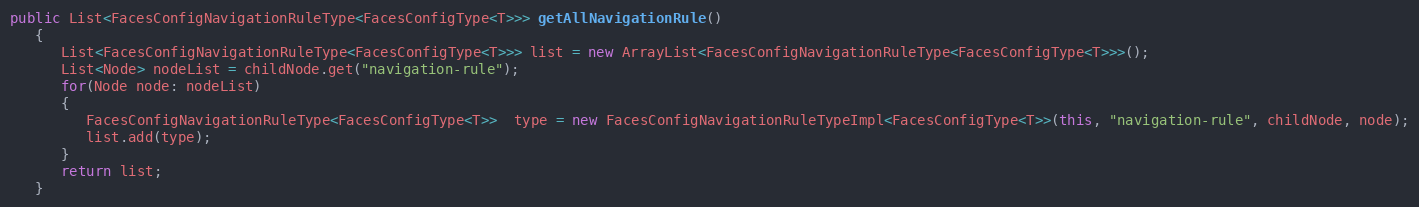
Language: Java
public List<FacesConfigNavigationRuleType<FacesConfigType<T>>> getAllNavigationRule()
   {
      List<FacesConfigNavigationRuleType<FacesConfigType<T>>> list = new ArrayList<FacesConfigNavigationRuleType<FacesConfigType<T>>>();
      List<Node> nodeList = childNode.get("navigation-rule");
      for(Node node: nodeList)
      {
         FacesConfigNavigationRuleType<FacesConfigType<T>>  type = new FacesConfigNavigationRuleTypeImpl<FacesConfigType<T>>(this, "navigation-rule", childNode, node);
         list.add(type);
      }
      return list;
   }